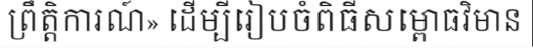
ព្រឹត្តិការណ៍» ដើម្បីរៀបចំពិធីសម្ពោធវិមាន